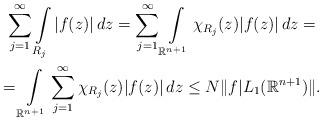
LaTeX: \begin{gather*}\sum\limits_{j=1}^{\infty}\int\limits_{R_{j}}|f(z)|\,dz=\sum\limits_{j=1}^{\infty}\int\limits_{\mathbb{R}^{n+1}}\chi_{R_{j}}(z)|f(z)|\,dz=\\=\int\limits_{\mathbb{R}^{n+1}}\sum\limits_{j=1}^{\infty}\chi_{R_{j}}(z)|f(z)|\,dz \le N \|f|L_{1}(\mathbb{R}^{n+1})\|.\end{gather*}